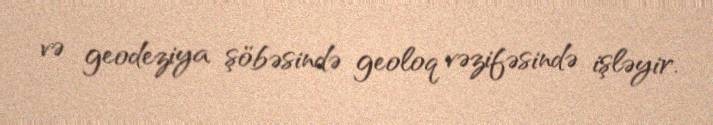
və geodeziya şöbəsində geoloq vəzifəsində işləyir.